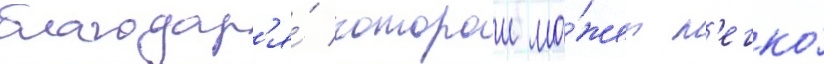
благодар'я́ которои мо́жет л'егко́